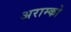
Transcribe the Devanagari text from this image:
अराम्को